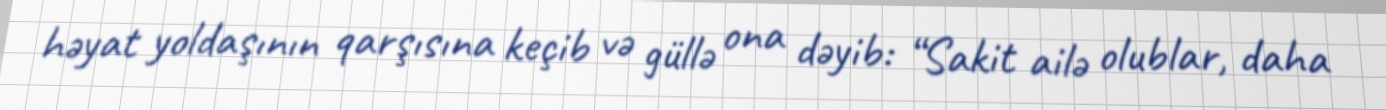
həyat yoldaşının qarşısına keçib və güllə ona dəyib: “Sakit ailə olublar, daha